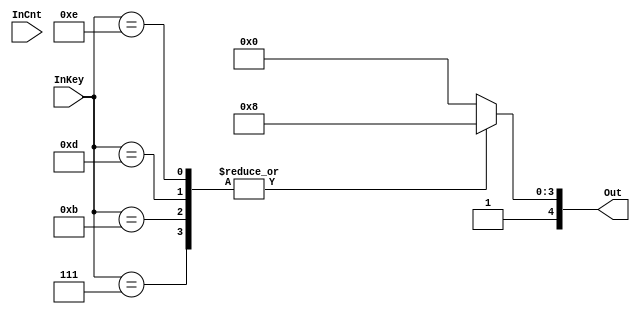
/* Decodificador  binario para teclado */

module decoderKey (InKey, InCnt, Out);
	input [3:0] InKey;
	input [3:0] InCnt;
	output reg[4:0] Out;

	always @(*)	
		case (InKey)
			4'b0111 : Out = ~7'b0111;
			4'b1011 : Out = ~7'b0111;
			4'b1101 : Out = ~7'b0111;
			4'b1110 : Out = ~7'b0111;
	
			default : Out = ~7'b1111;
		endcase
		
endmodule